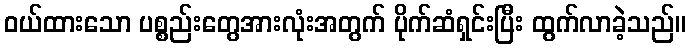
ဝယ်ထားသော ပစ္စည်းတွေအားလုံးအတွက် ပိုက်ဆံရှင်းပြီး ထွက်လာခဲ့သည်။